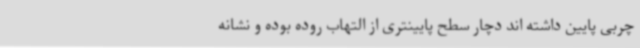
چربی پایین داشته اند دچار سطح پایینتری از التهاب روده بوده و نشانه